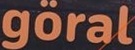
goral